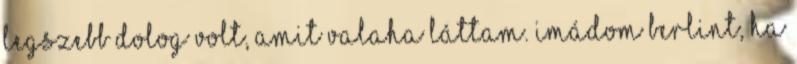
legszebb dolog volt, amit valaha láttam. Imádom Berlint, ha